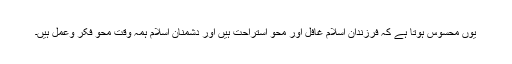
یوں محسوس ہوتا ہے کہ فرزندانِ اسلام غافل اور محوِ استراحت ہیں اور دشمنانِ اسلام ہمہ وقت محوِ فکر وعمل ہیں۔